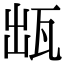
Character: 𤬷